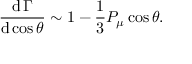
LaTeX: { \frac { \operatorname { d } \Gamma } { \operatorname { d } \cos \theta } } \sim 1 - { \frac { 1 } { 3 } } P _ { \mu } \cos \theta .